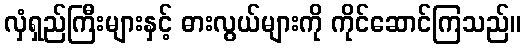
လှံရှည်ကြီးများနှင့် ဓားလွယ်များကို ကိုင်ဆောင်ကြသည်။